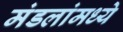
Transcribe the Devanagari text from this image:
मंडलांमध्ये